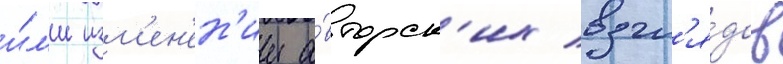
и́л'и изм'ен'ен'ии а́вторск'их взгл'я́дов